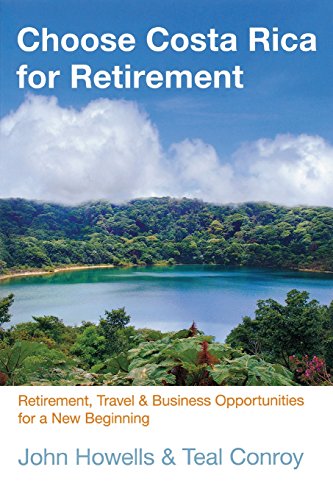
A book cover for Choose Costa Rica for Retirement: Retirement, Travel & Business Opportunities For A New Beginning (Choose Retirement Series); John Howells; Travel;